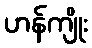
ဟန်ကျိုး